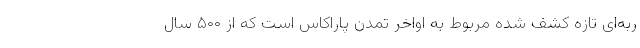
ربه‌ای تازه کشف شده مربوط به اواخر تمدن پاراکاس است که از ۵۰۰ سال